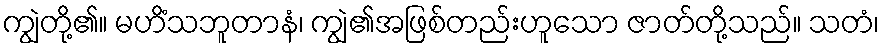
ကျွဲတို့၏။ မဟိံသဘူတာနံ၊ ကျွဲ၏အဖြစ်တည်းဟူသော ဇာတ်တို့သည်။ သတံ၊